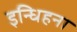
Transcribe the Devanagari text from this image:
इन्धिहना